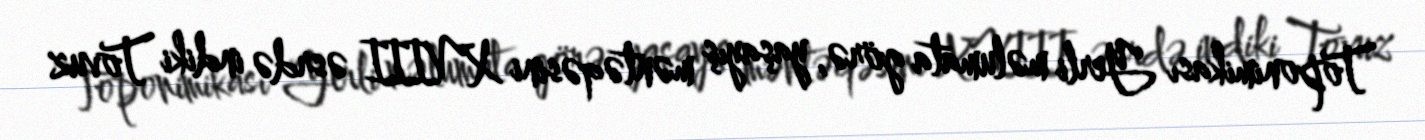
Toponimikası Yerli məlumata görə, yaşayış məntəqəsini XVIII əsrdə indiki Tovuz